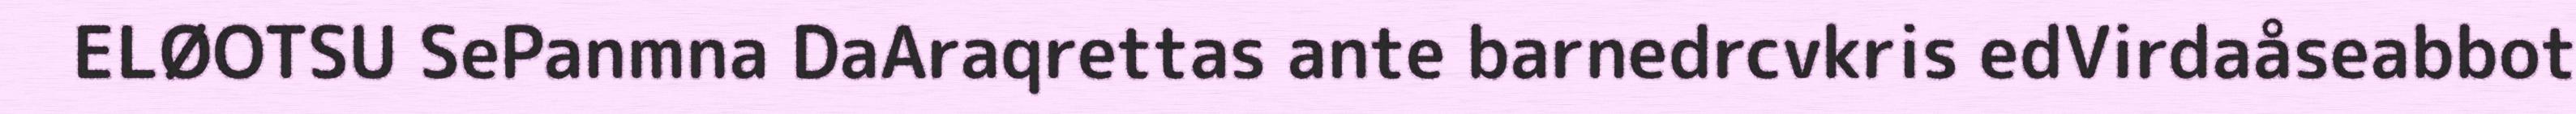
ELØOTSU SePanmna DaAraqrettas ante barnedrcvkris edVirdaåseabbot